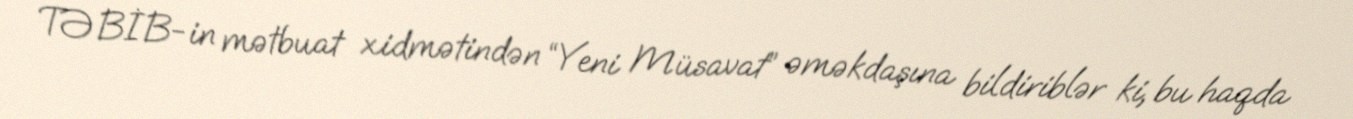
TƏBİB-in mətbuat xidmətindən “Yeni Müsavat” əməkdaşına bildiriblər ki, bu haqda